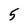
Character: 5